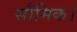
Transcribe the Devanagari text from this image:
सौमिक।